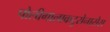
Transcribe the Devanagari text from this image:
पोलीगालाकटुरोनासेस